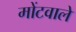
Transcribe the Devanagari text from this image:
मोंटवाले